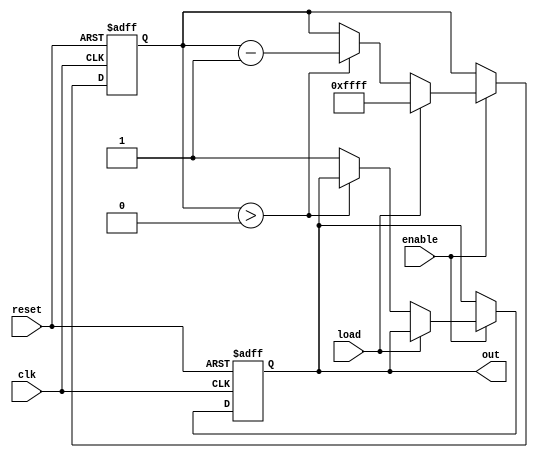
module CountdownTimer (
    input wire clk,
    input wire reset,
    input wire enable,
    input wire load,
    output reg out
);

reg [15:0] count;

always @ (posedge clk or posedge reset) begin
    if (reset) begin
        count <= 16'b1111_1111_1111_1111;
        out <= 1'b0;
    end else if (enable) begin
        if (load) begin
            count <= 16'b1111_1111_1111_1111;
        end else if (count > 0) begin
            count <= count - 1;
        end else begin
            out <= 1'b1;
        end
    end
end

endmodule